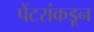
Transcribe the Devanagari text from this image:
पेंटरांकडून